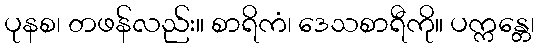
ပုနစ၊ တဖန်လည်း။ စာရိကံ၊ ဒေသစာရီကို။ ပက္ကန္တေ၊